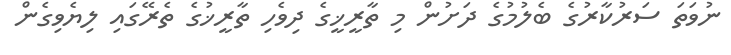
ނުވަތަ ސަރުކާރުގެ ބެލުމުގެ ދަށުން މި ތާރީޚީގެ ދިވެހި ތާރީޚުގެ ތެރޭގައި ލިޔެވިގެން